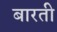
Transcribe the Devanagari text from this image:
बारती